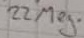
Text: 22Meg.